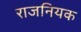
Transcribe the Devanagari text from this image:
राजनियक